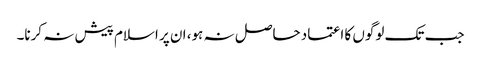
جب تک لوگوں کا اعتماد حاصل نہ ہو، ان پر اسلام پیش نہ کرنا۔